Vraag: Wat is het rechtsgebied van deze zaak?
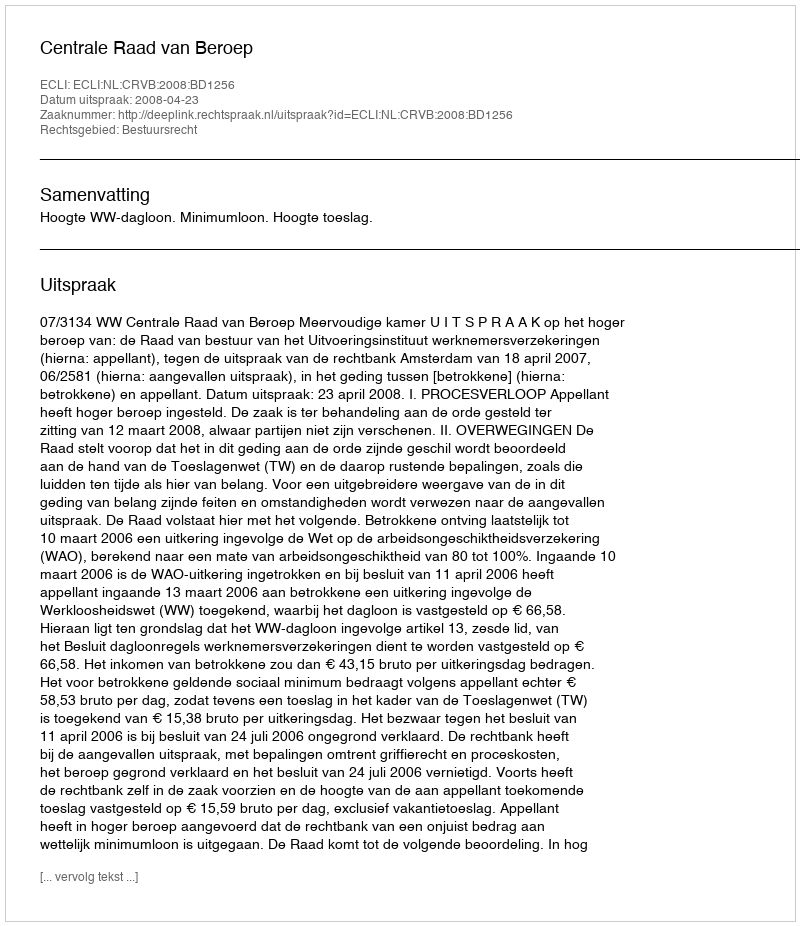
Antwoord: Bestuursrecht